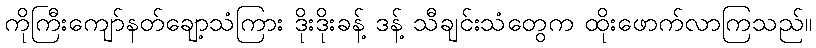
ကိုကြီးကျော်နတ်ချော့သံကြား ဒိုးဒိုးခန့် ဒန့် သီချင်းသံတွေက ထိုးဖောက်လာကြသည်။